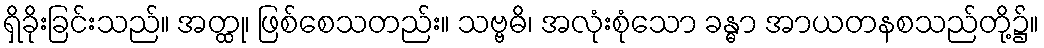
ရှိခိုးခြင်းသည်။ အတ္ထု၊ ဖြစ်စေသတည်း။ သဗ္ဗဓိ၊ အလုံးစုံသော ခန္ဓာ အာယတနစသည်တို့၌။